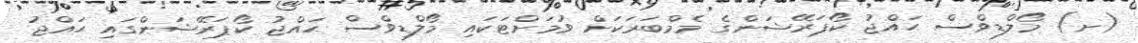
(ށ) މޯލްޑިވްސް ޙައްޖު ކޯޕަރޭޝަންގެ މެމްބަރަކަށް ވުމަށްޓަކައި މޯލްޑިވްސް ޙައްޖު ކޯޕަރޭޝަންގައި ޙައްޖު